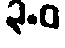
၃.ဝ